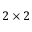
2 \times 2